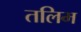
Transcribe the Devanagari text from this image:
तलिम